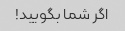
اگر شما بگویید!